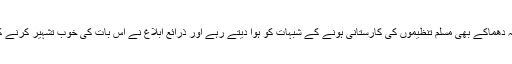
اس کے برعکس یہ دھماکے بھی مسلم تنظیموں کی کارستانی ہونے کے شبہات کو ہوا دیتے رہے اور ذرائع ابلاغ نے اس بات کی خوب تشہیر کرنے کا کام جاری رکھا۔